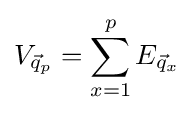
V_{{\vec {q}}_{p}}=\sum _{x=1}^{p}E_{{\vec {q}}_{x}}